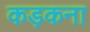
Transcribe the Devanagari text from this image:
कड़कना